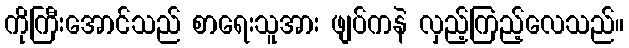
ကိုကြီးအောင်သည် စာရေးသူအား ဖျပ်ကနဲ လှည့်ကြည့်လေသည်။